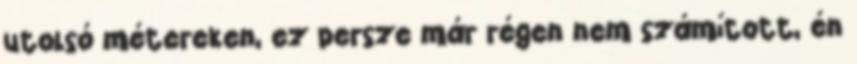
utolsó métereken, ez persze már régen nem számított, én